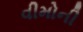
વીમોની